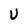
Character: U